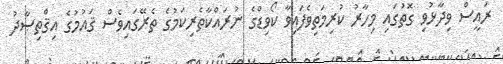
ރައީސް ވިދާޅުވި ގޮތުގައި މިހާރު ކުރިމަތިވެފައިވާ ކޯވިޑްގެ ނުރައްކާތެރިކަމުގެ ތެރޭގައިވެސް ޤައުމުގެ އިޤްތިޞާދު